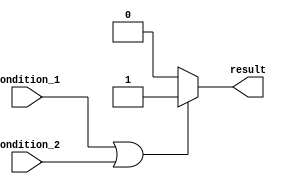
module if_else_logical_OR (
    input wire condition_1,
    input wire condition_2,
    output reg result
);

always @* begin
    if (condition_1 || condition_2) begin
        // If any of the conditions is true, execute this block
        result = 1;
    end
    else begin
        // If none of the conditions is true, execute this block
        result = 0;
    end
end

endmodule